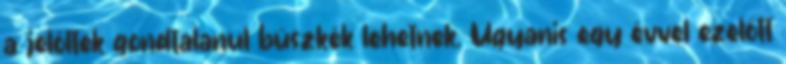
a jelöltek gondtalanul büszkék lehetnek. Ugyanis egy évvel ezelőtt